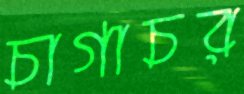
চাগাচর